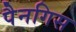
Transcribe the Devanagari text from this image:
पैनगिस